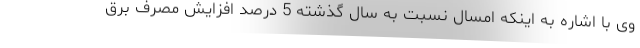
وی با اشاره به اینکه امسال نسبت به سال گذشته 5 درصد افزایش مصرف برق